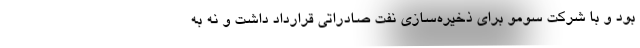
بود و با شرکت سومو برای ذخیره‌سازی نفت صادراتی قرارداد داشت و نه به